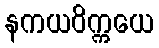
နကယဝိက္ကယေ